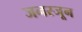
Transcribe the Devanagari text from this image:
जनस्जून